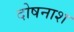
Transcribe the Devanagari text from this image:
दोषनाश